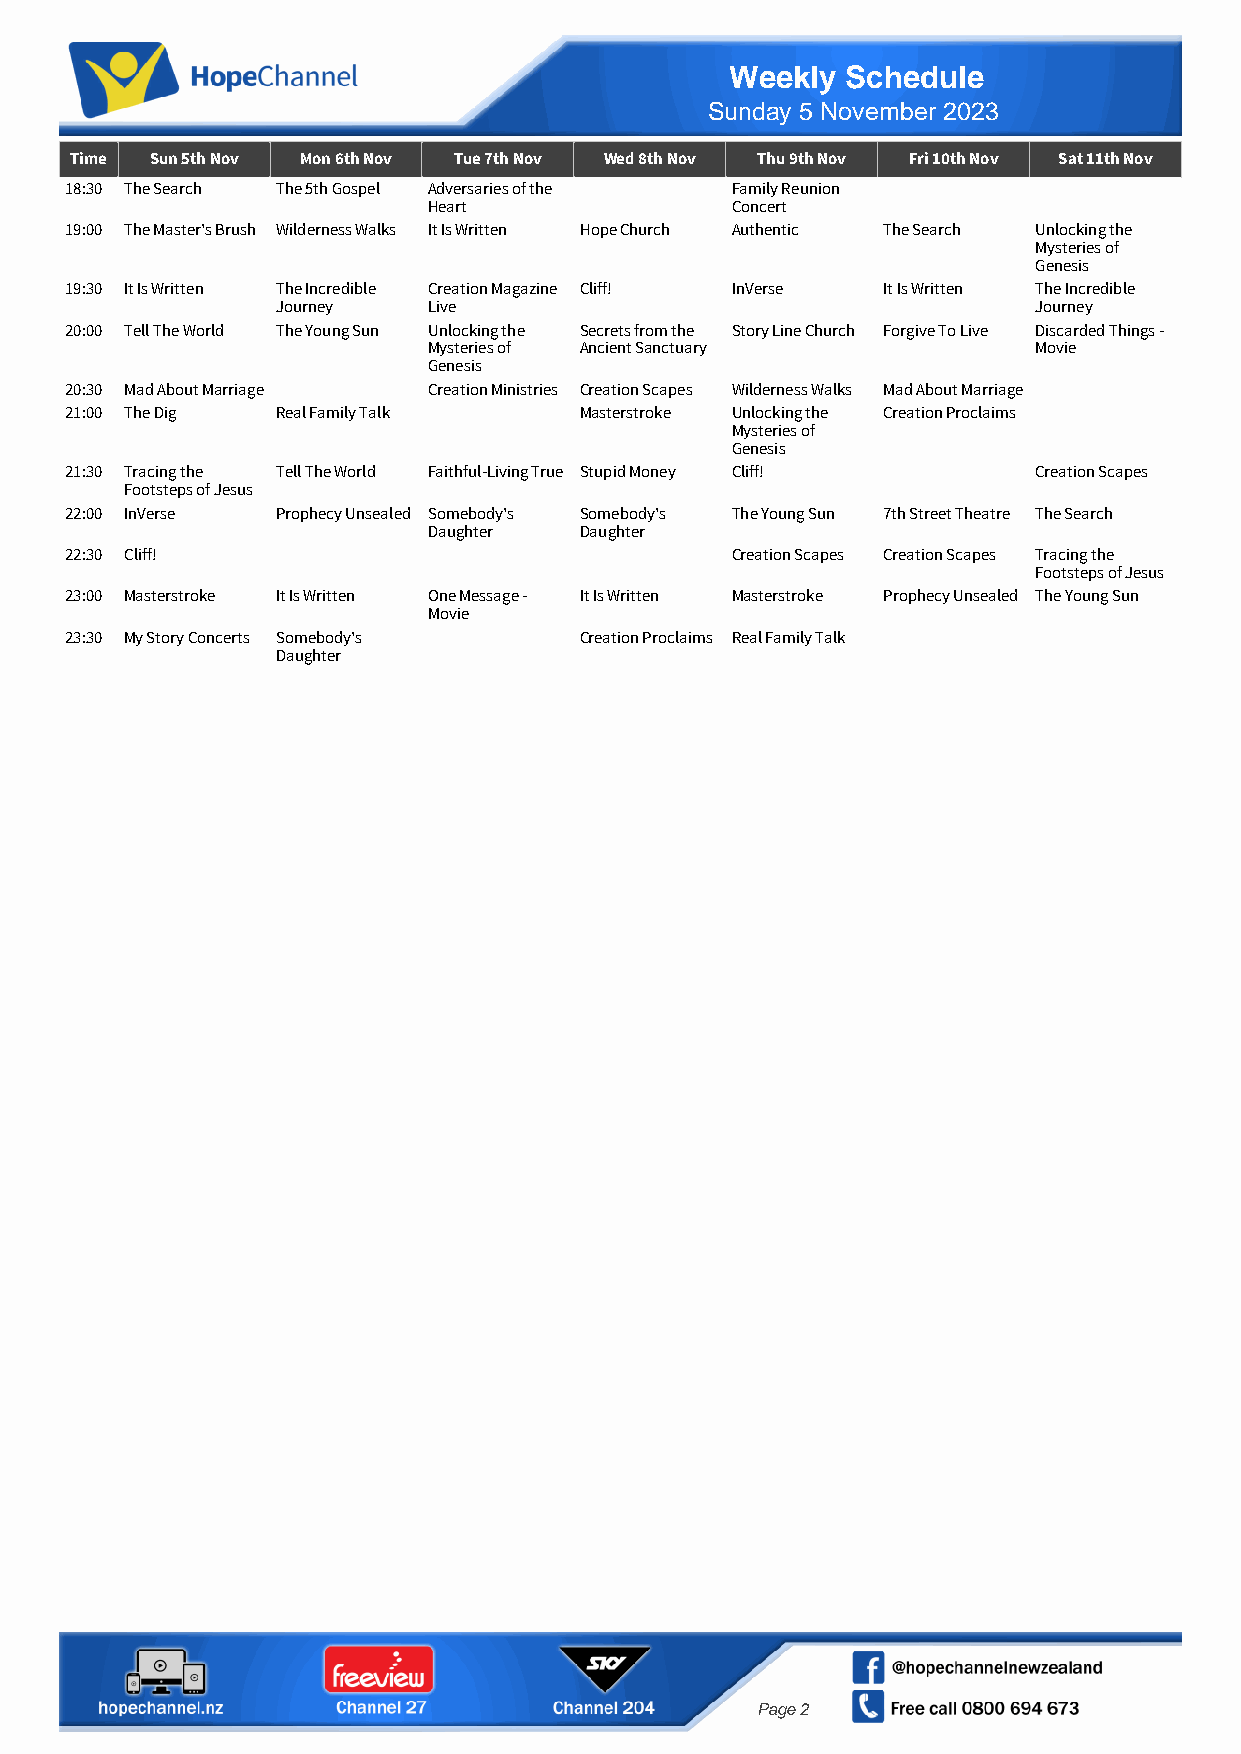
Weekly  Schedule
 Sunday 5 November 2023
 Time Sun 5th Nov Mon 6th Nov Tue 7th Nov Wed 8th Nov Thu 9th Nov Fri 10th Nov Sat 11th Nov
 18:30 The Search The 5th Gospel Adversaries of the Family Reunion
 Heart               Concert
 19:00 The Master's Brush Wilderness Walks It Is Written Hope Church Authentic The Search Unlocking the
 Mysteries of
 Genesis
 19:30 It Is Written The Incredible Creation Magazine Cliff! InVerse It Is Written The Incredible
 Journey   Live                                     Journey
 20:00 Tell The World The Young Sun Unlocking the Secrets from the Story Line Church Forgive To Live Discarded Things -
 Mysteries of Ancient Sanctuary           Movie
 Genesis
 20:30 Mad About Marriage Creation Ministries Creation Scapes Wilderness Walks Mad About Marriage
 21:00 The Dig Real Family Talk    Masterstroke Unlocking the Creation Proclaims
 Mysteries of
 Genesis
 21:30 Tracing the Tell The World Faithful-Living True Stupid Money Cliff! Creation Scapes
 Footsteps of Jesus
 22:00 InVerse Prophecy Unsealed Somebody's Somebody's The Young Sun 7th Street Theatre The Search
 Daughter  Daughter
 22:30 Cliff!                                Creation Scapes Creation Scapes Tracing the
 Footsteps of Jesus
 23:00 Masterstroke It Is Written One Message - It Is Written Masterstroke Prophecy Unsealed The Young Sun
 Movie
 23:30 My Story Concerts Somebody's Creation Proclaims Real Family Talk
 Daughter
 Page 2